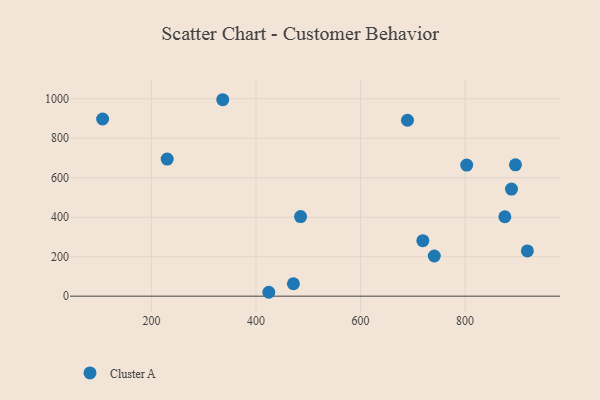
{"axis": {"x": "Distance", "y": "Rating"}, "legend": ["Cluster A"], "data": [{"x": "919.2", "y": 229.4, "type": "Cluster A"}, {"x": "424.5", "y": 19.7, "type": "Cluster A"}, {"x": "106.6", "y": 897.6, "type": "Cluster A"}, {"x": "485.3", "y": 403.0, "type": "Cluster A"}, {"x": "689.8", "y": 891.3, "type": "Cluster A"}, {"x": "896.4", "y": 665.4, "type": "Cluster A"}, {"x": "336.4", "y": 995.2, "type": "Cluster A"}, {"x": "876.1", "y": 402.3, "type": "Cluster A"}, {"x": "888.8", "y": 542.5, "type": "Cluster A"}, {"x": "230.1", "y": 694.5, "type": "Cluster A"}, {"x": "803.1", "y": 664.3, "type": "Cluster A"}, {"x": "719.2", "y": 281.2, "type": "Cluster A"}, {"x": "741.1", "y": 203.5, "type": "Cluster A"}, {"x": "471.6", "y": 63.0, "type": "Cluster A"}]}